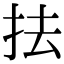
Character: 抾